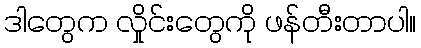
ဒါတွေက လှိုင်းတွေကို ဖန်တီးတာပါ။